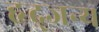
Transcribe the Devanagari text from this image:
हृद्जन्‍य